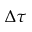
\Delta \tau